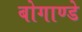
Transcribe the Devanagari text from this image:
बोगाण्डे